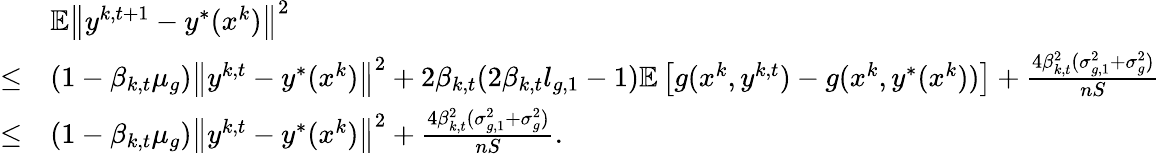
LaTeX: \begin{array}{rl}&{\mathbb{E}\left\| y^{k,t+1}-y^{*}(x^{k})\right\| ^{2}}\\ {\leq}&{(1-\beta_{k,t}\mu_{g})\left\| y^{k,t}-y^{*}(x^{k})\right\| ^{2}+2\beta_{k,t}(2\beta_{k,t}l_{g,1}-1)\mathbb{E}\left[g(x^{k},y^{k,t})-g(x^{k},y^{*}(x^{k}))\right]+\frac{4\beta_{k,t}^{2}(\sigma_{g,1}^{2}+\sigma_{g}^{2})}{nS}}\\ {\leq}&{(1-\beta_{k,t}\mu_{g})\left\| y^{k,t}-y^{*}(x^{k})\right\| ^{2}+\frac{4\beta_{k,t}^{2}(\sigma_{g,1}^{2}+\sigma_{g}^{2})}{nS}.}\end{array}